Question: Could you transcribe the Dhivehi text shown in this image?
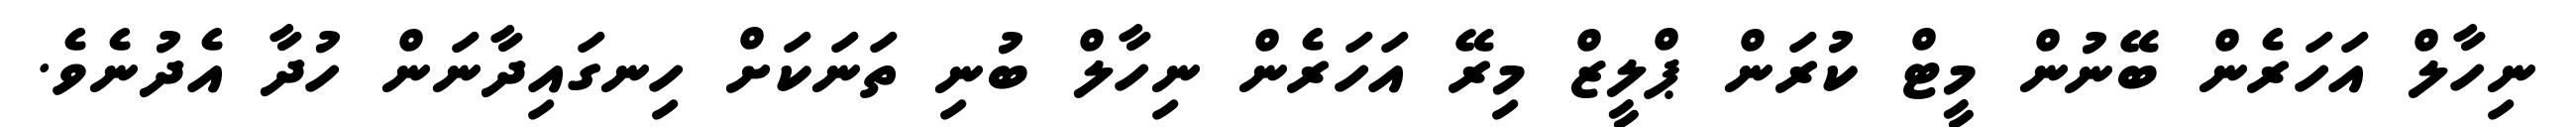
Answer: ނިހާލް އަހަރެން ބޭނުން މީޓް ކުރަން ޕްލީޒް މިރޭ އަހަރެން ނިހާލް ބުނި ތަނަކަށް ހިނގައިދާނަން ހުދާ އެދުނެވެ.